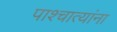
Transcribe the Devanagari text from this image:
पाश्चात्यांना